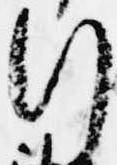
行